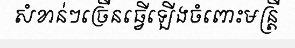
សំខាន់ៗច្រើនធ្វើឡើងចំពោះមន្ត្រី